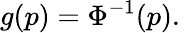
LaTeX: g(p)=\Phi^{-1}(p).\,